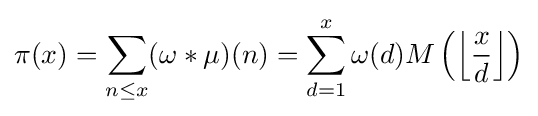
\pi (x)=\sum _{n\leq x}(\omega \ast \mu )(n)=\sum _{d=1}^{x}\omega (d)M\left(\left\lfloor {\frac {x}{d}}\right\rfloor \right)